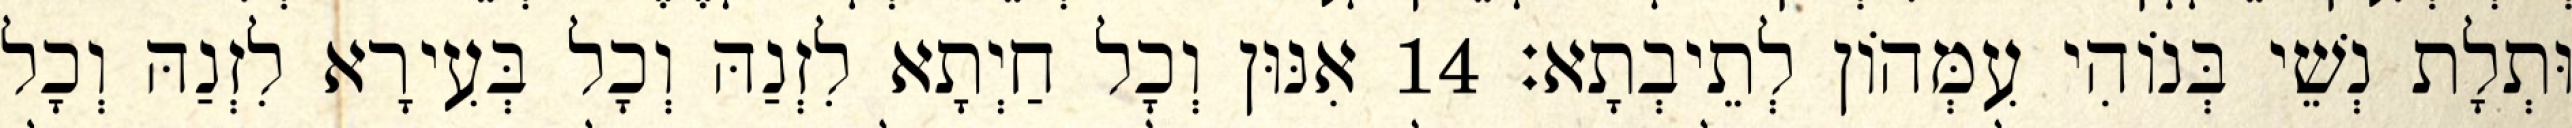
וּתְלָת נְשֵׁי בְּנוֹהִי עִמְּהוֹן לְתֵיבְתָא׃ 14 אִנּוּן וְכָל חַיְתָא לִזְנַהּ וְכָל בְּעִירָא לִזְנַהּ וְכָל